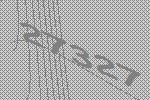
27327